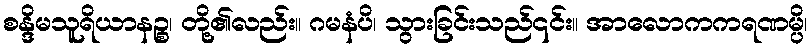
စန္ဒိမသူရိယာနဉ္စ၊ တို့၏လည်း။ ဂမနံပိ၊ သွားခြင်းသည်၎င်း။ အာလောကကရဏမ္ပိ၊